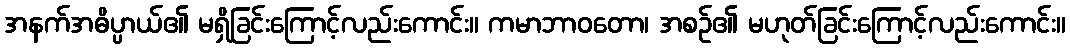
အနက်အဓိပ္ပာယ်၏ မရှိခြင်းကြောင့်လည်းကောင်း။ ကမာဘာဝတော၊ အစဉ်၏ မဟုတ်ခြင်းကြောင့်လည်းကောင်း။